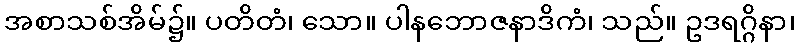
အစာသစ်အိမ်၌။ ပတိတံ၊ သော။ ပါနဘောဇနာဒိကံ၊ သည်။ ဥဒရဂ္ဂိနာ၊